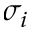
\sigma _ { i }